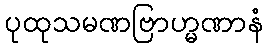
ပုထုသမဏဗြာဟ္မဏာနံ